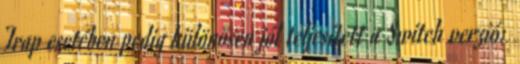
Trap esetében pedig különösen jól teljesített a Switch verzió: